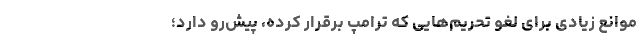
موانع زیادی برای لغو تحریم‌هایی که ترامپ برقرار کرده، پیش‌رو دارد؛